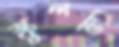
স্কুলটি